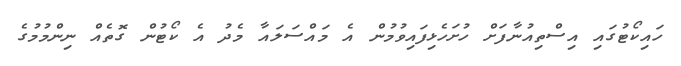
ހައިކޯޓުގައި އިސްތިއުނާފަށް ހުށަހެޅިފައިވުމުން އެ މައްސަލައާ މެދު އެ ކޯޓުން ގޮތެއް ނިންމުމުގެ